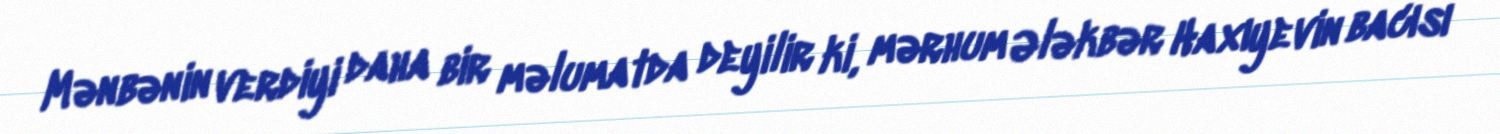
Mənbənin verdiyi daha bir məlumatda deyilir ki, mərhum Ələkbər Haxıyevin bacısı